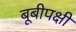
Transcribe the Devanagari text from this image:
बूबीपक्षी